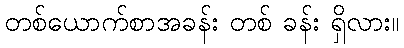
တစ်ယောက်စာအခန်း တစ် ခန်း ရှိလား။